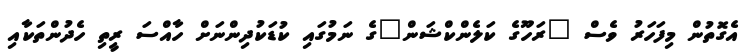
އެގޮތުން މިފަހަރު ވެސް "ރަހޫގެ ކަލެންކްޝަން"ގެ ނަމުގައި ކުޑަކުދިންނަށް ހާއްސަ ރީތި ހެދުންތަކާއި